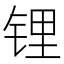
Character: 锂